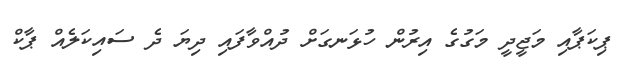
ޕިކަޕާއި މަޖީދީ މަގުގެ އިރުން ހުޅަނގަށް ދުއްވާފައި ދިޔަ ދެ ސައިކަލެއް ޕާކް